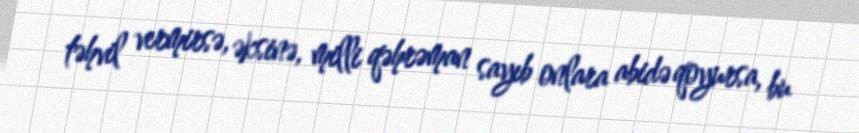
təhvil vermirsə, əksinə, milli qəhrəman sayıb onlara abidə qoyursa, bu